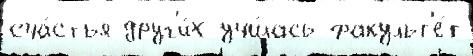
сча́стья друг'и́х учи́лась факульт'е́т